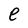
Character: e